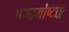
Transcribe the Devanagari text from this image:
प्रणामोष्टाङ्ग